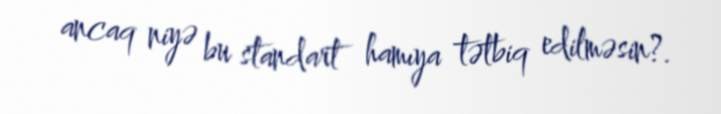
ancaq niyə bu standart hamıya tətbiq edilməsin?.